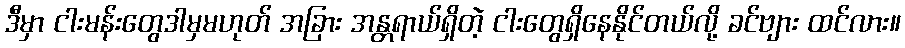
ဒီမှာ ငါးမန်းတွေဒါမှမဟုတ် အခြား အန္တရာယ်ရှိတဲ့ ငါးတွေရှိနေနိုင်တယ်လို့ ခင်ဗျား ထင်လား။